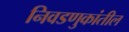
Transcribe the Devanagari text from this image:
निवडणुकांतील